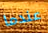
عندما